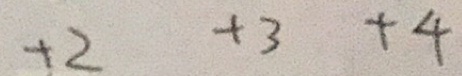
+ 2 + 3 + 4